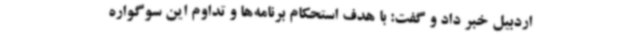
اردبیل خبر داد و گفت: با هدف استحکام برنامه‌ها و تداوم این سوگواره